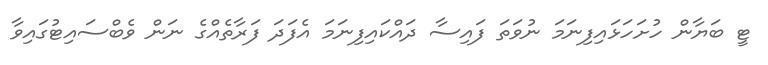
ޓީ ބަޔާން ހުށަހަޅައިފިނަމަ ނުވަތަ ފައިސާ ދައްކައިފިނަމަ އެފަދަ ފަރާތެއްގެ ނަން ވެބްސައިޓުގައިވާ